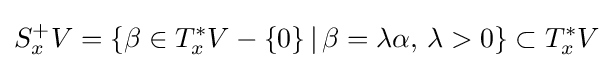
S_{x}^{+}V=\{\beta \in T_{x}^{*}V-\{0\}\,|\,\beta =\lambda \alpha ,\,\lambda >0\}\subset T_{x}^{*}V